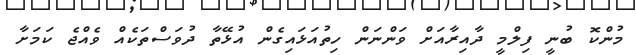
މުންކޮ ބުނީ ފިލްމީ ދާއިރާއަށް ވަންނަން ހިތުއަޅައިގެން އުޅޭތާ ދުވަސްތަކެއް ވެއްޖެ ކަމަށާ